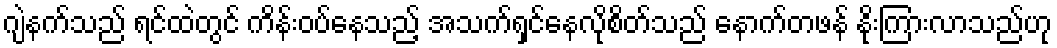
ဂျဲနက်သည် ရင်ထဲတွင် ကိန်းဝပ်နေသည့် အသက်ရှင်နေလိုစိတ်သည် နောက်တဖန် နိုးကြားလာသည်ဟု